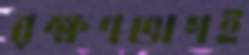
রক্ষণভাগই